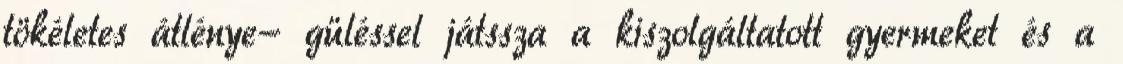
tökéletes átlénye- güléssel játssza a kiszolgáltatott gyermeket és a